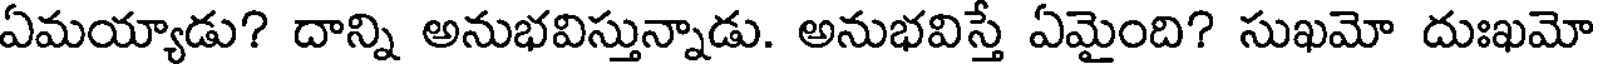
ఏమయ్యాడు? దాన్ని అనుభవిస్తున్నాడు. అనుభవిస్తే ఏమైంది? సుఖమో దుఃఖమో